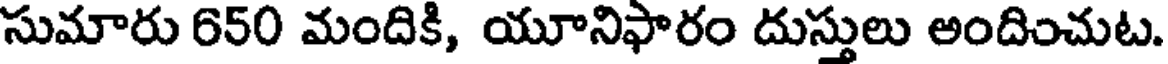
సుమారు 650 మందికి, యూనిఫారం దుస్తులు అందించుట.